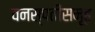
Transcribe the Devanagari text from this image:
वनस्पतीसमूह